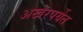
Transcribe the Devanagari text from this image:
अखेरपर्येत